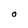
Character: O